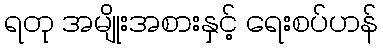
ရတု အမျိုးအစားနှင့် ရေးစပ်ဟန်